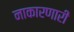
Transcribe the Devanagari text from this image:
नाकारणारी